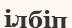
ілбіп